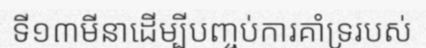
ទី១៣មីនាដើម្បីបញ្ចប់ការគាំទ្ររបស់